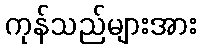
ကုန်သည်များအား